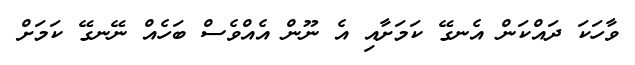
ވާހަކަ ދައްކަން އެނގޭ ކަމަށާއި އެ ނޫން އެއްވެސް ބަހެއް ނޭނގޭ ކަމަށް